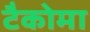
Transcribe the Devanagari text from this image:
टैकोमा